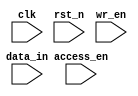
module secure_register
#(
    parameter DATA_WIDTH = 32
) (
    //-copilot next line-
//copilot mean_prob: 0.7783454400016512

    input [DATA_WIDTH-1:0] data_in,
    input               clk,
    input               rst_n,
    input               wr_en,
    input               access_en,

);


endmodule